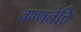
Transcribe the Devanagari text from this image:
वण्णनेत्ति